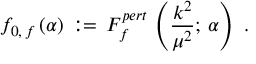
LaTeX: f _ { 0 , \, f } \, ( \alpha ) \, : = \, F _ { f } ^ { p e r t } \, \left( \frac { k ^ { 2 } } { \mu ^ { 2 } } ; \, \alpha \right) \, \, .